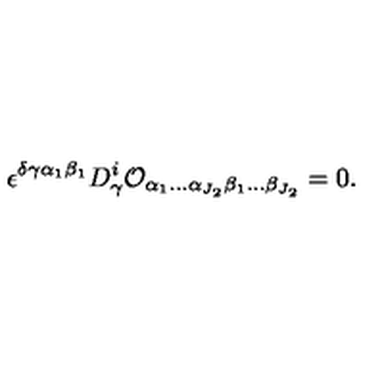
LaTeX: \epsilon ^ { \delta \gamma \alpha _ { 1 } \beta _ { 1 } } D _ { \gamma } ^ { i } { \cal O } _ { \alpha _ { 1 } \ldots \alpha _ { J _ { 2 } } \beta _ { 1 } \ldots \beta _ { J _ { 2 } } } = 0 .